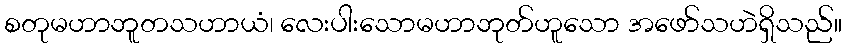
စတုမဟာဘူတသဟာယံ၊ လေးပါးသောမဟာဘုတ်ဟူသော အဖော်သဟဲရှိသည်။